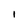
Character: I